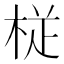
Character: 𭪒